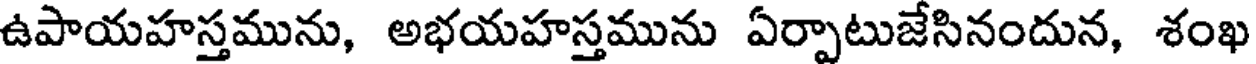
ఉపాయహస్తమును, అభయహస్తమును ఏర్పాటుజేసినందున, శంఖ